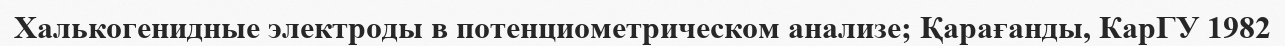
Халькогенидные электроды в потенциометрическом анализе; Қарағанды, КарГУ 1982